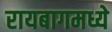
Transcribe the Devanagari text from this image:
रायबागमध्ये